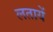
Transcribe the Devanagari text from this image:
लतायें